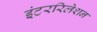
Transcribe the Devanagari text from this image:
इंटररिलेशन